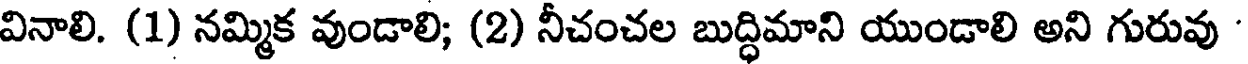
వినాలి. (1) నమ్మిక వుండాలి; (2) నీచంచల బుద్ధిమాని యుండాలి అని గురువు